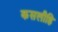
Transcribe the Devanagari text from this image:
कसलीहि